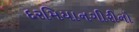
દરમિયાનગીરીનો